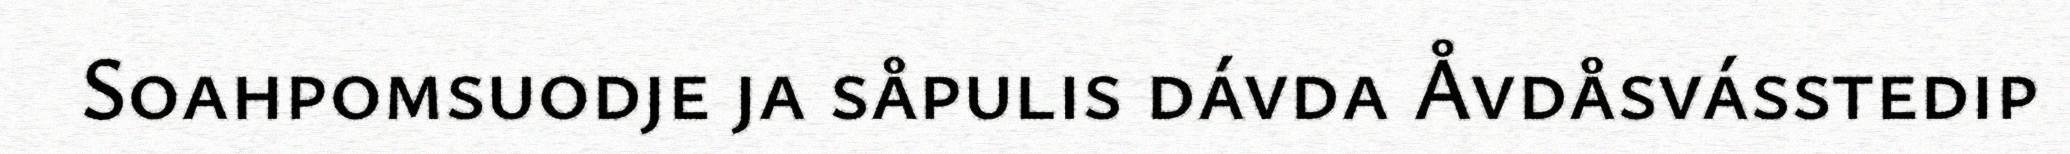
Soahpomsuodje ja såpulis dávda Åvdåsvásstedip